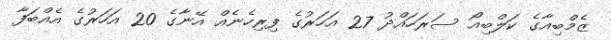
ޒެމްބިއާގެ ކަލްބިއޯ ސަރަހައްދު 27 އަހަރުގެ ފިރިހެެނެއް އޭނާގެ 20 އަހަރުގެ އެއްބަފާ